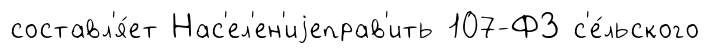
составл'я́ет Нас'ел'ен'иjеправ'ить 107-ФЗ с'е́льского